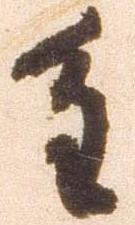
重